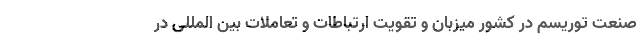
صنعت توریسم در کشور میزبان و تقویت ارتباطات و تعاملات بین المللى در